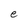
Character: e